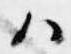
ハ